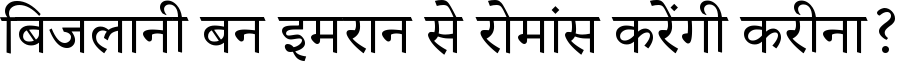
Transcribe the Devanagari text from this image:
बिजलानी बन इमरान से रोमांस करेंगी करीना?